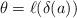
LaTeX: \begin{align*} \theta=\ell(\delta(a))\end{align*}